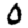
Digit: 0